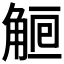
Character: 𧣰